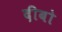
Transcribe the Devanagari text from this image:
दीबो